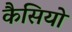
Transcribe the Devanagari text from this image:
कैसियो